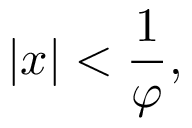
| x | < { \frac { 1 } { \varphi } } ,